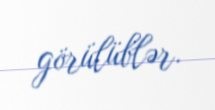
görülüblər.